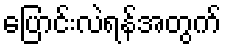
ပြောင်းလဲရန်အတွက်